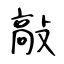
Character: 敲